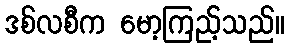
ဒစ်လစီက မော့ကြည့်သည်။